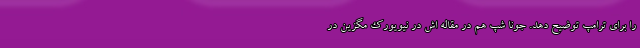
را برای ترامپ توضیح دهد. جونا شپ هم در مقاله اش در نیویورک مگزین در